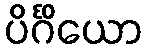
ပိင်္ဂိယော